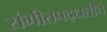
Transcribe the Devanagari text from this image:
संगीतपद्धतीचे